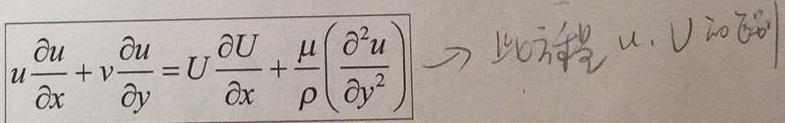
\[
u \frac{\partial u}{\partial x} + v \frac{\partial u}{\partial y} = U \frac{\partial U}{\partial x} + \frac{\mu}{\rho} \left( \frac{\partial^{2} u}{\partial y^{2}} \right) \quad \Rightarrow \quad \text{此方程} \ u, \ U \ \text{的方程}
\]